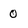
Character: 0